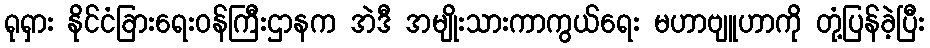
ရုရှား နိုင်ငံခြားရေးဝန်ကြီးဌာနက အဲဒီ အမျိုးသားကာကွယ်ရေး မဟာဗျူဟာကို တုံ့ပြန်ခဲ့ပြီး